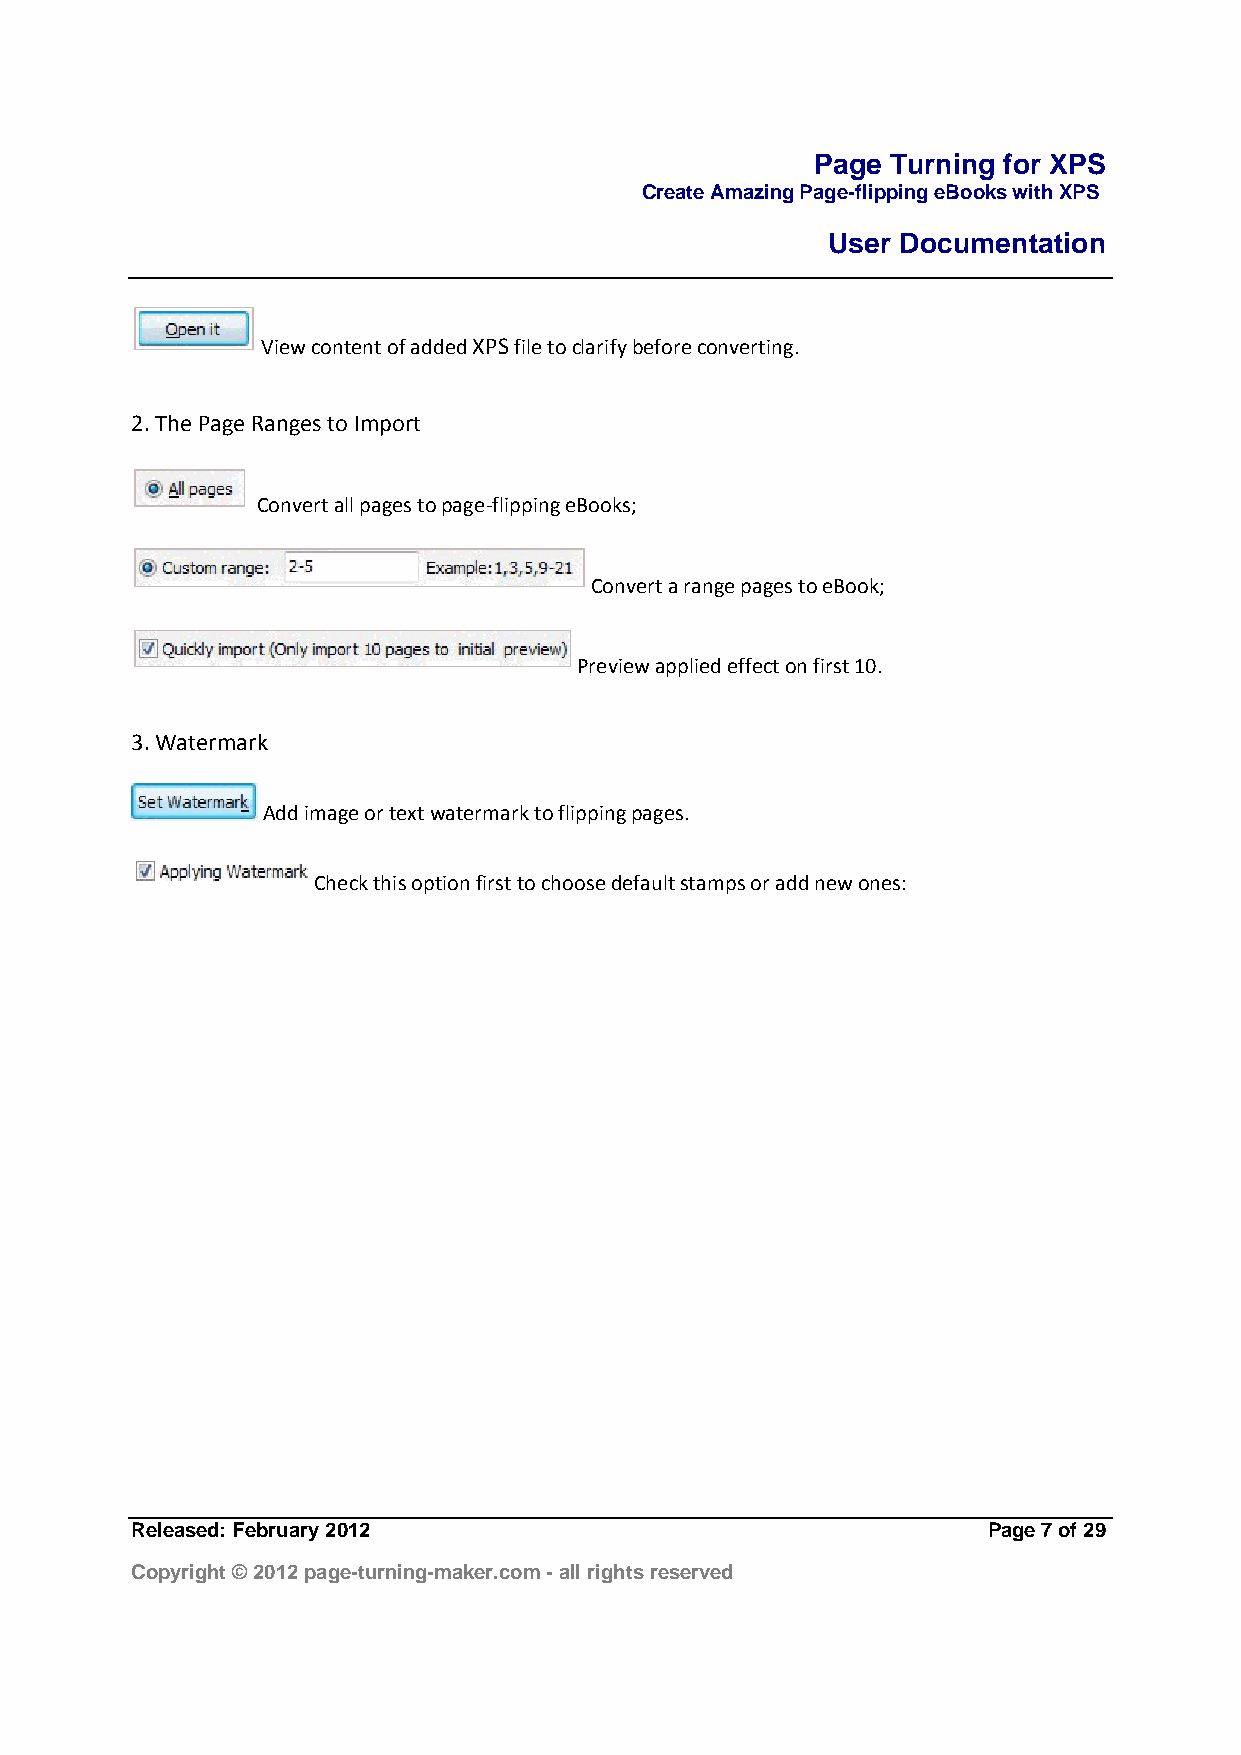
Page Turning for XPS
 Create Amazing Page-flipping eBooks with XPS
 User Documentation
 View content of added XPS file to clarify before converting.
 2. The Page Ranges to Import
 Convert all pages to page‐flipping eBooks;
 Convert a range pages to eBook;
 Preview applied effect on first 10.
 3. Watermark
 Add image or text watermark to flipping pages.
 Check this option first to choose default stamps or add new ones:
 Released: February 2012                                 Page 7 of 29
 Copyright © 2012 page-turning-maker.com - all rights reserved